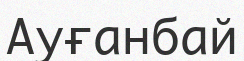
Ауғанбай